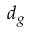
d _ { g }